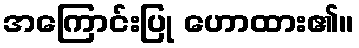
အကြောင်းပြု ဟောထား၏။